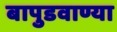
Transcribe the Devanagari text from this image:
बापुडवाण्या